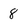
Character: 8